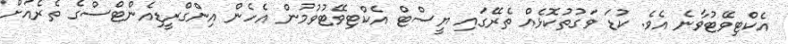
އެކްޓިވޭޓުވާނެ އެވެ. ކުޑަ ވަގުތުކޮޅެއް ތެރޭގައި ޔީސްޓް އެކްޓިވޭޓުވުމުން އެހެން އިންގްރީޑިއެންޓްސްގެ ތެރެއަށް